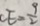
C E = \frac { 9 } { 2 }